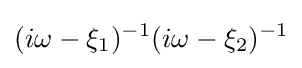
(i\omega -\xi _{1})^{-1}(i\omega -\xi _{2})^{-1}